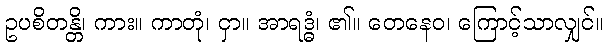
ဥပစိတန္တိ၊ ကား။ ကာတုံ၊ ငှာ။ အာရဒ္ဓံ၊ ၏။ တေနေဝ၊ ကြောင့်သာလျှင်။